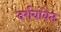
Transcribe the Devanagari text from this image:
दर्शवावेत